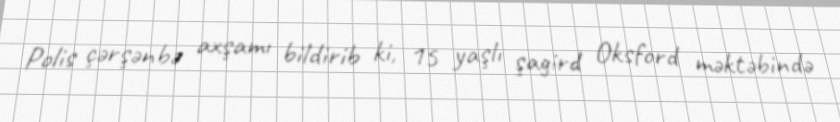
Polis çərşənbə axşamı bildirib ki, 15 yaşlı şagird Oksford məktəbində